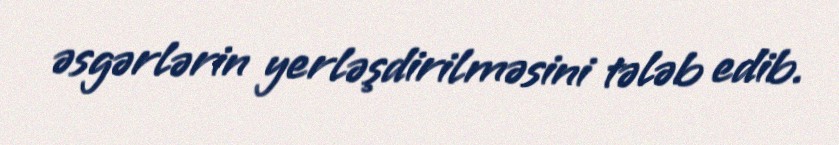
əsgərlərin yerləşdirilməsini tələb edib.